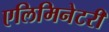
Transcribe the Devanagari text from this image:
एलिमिनेटरी